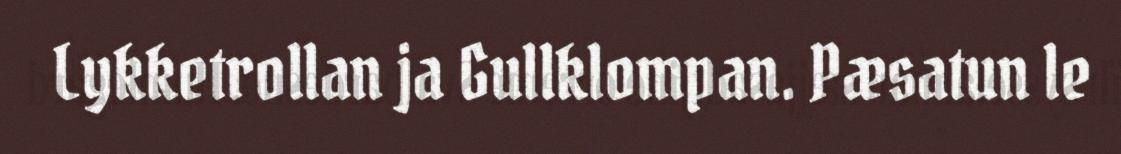
Lykketrollan ja Gullklompan. Pæsatun le